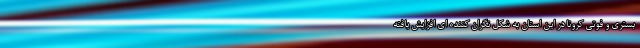
بستری و فوتی کرونا در این استان به شکل نگران کننده ای افزایش یافته